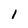
Character: I